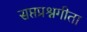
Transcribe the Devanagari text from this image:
सप्तप्रश्नगीता